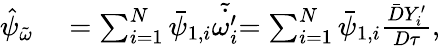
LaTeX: \begin{array}{rl}{\hat{\psi}_{\tilde{\omega}}}&{{}=\sum_{i=1}^{N}\bar{\psi}_{1,i}\tilde{\dot{\omega_{i}^{\prime}}}{=\sum_{i=1}^{N}\bar{\psi}_{1,i}\frac{\bar{D}Y_{i}^{\prime}}{D\tau}},}\end{array}